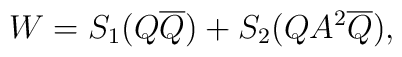
W=S_1 (Q\overline{Q}) + S_2(QA^2\overline{Q}),